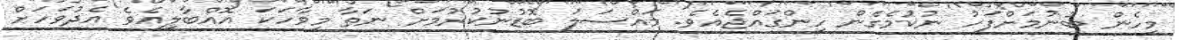
މިހެން ބުނުމަށްފަހު ނުކުމެގެން ހިންގައްޖެއެވެ. މައްސަލަ ބޮޑުނުކުރުމަށް ނަތާ މިވާހަކަ އޮއްބާލިއެވެ އެދުވަހަށް